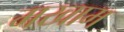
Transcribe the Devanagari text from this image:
मखाम